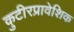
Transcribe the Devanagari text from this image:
कुटीरप्रावेशिक